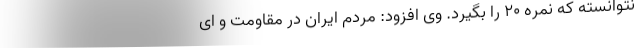
نتوانسته که نمره ۲۰ را بگیرد. وی افزود: مردم ایران در مقاومت و ای